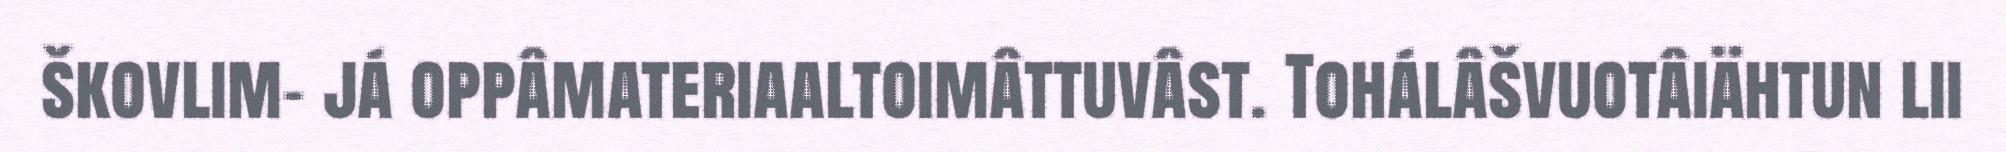
škovlim- já oppâmateriaaltoimâttuvâst. Tohálâšvuotâiähtun lii